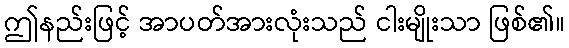
ဤနည်းဖြင့် အာပတ်အားလုံးသည် ငါးမျိုးသာ ဖြစ်၏။